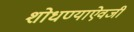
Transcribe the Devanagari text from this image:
शोधण्याऐवजी